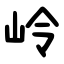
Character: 岭